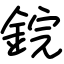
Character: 鋎